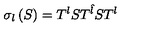
\sigma _ { l } \left( S \right) = T ^ { l } S T ^ { \hat { l } } S T ^ { l }